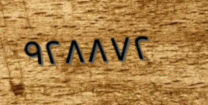
٩٢٨٨٧٢